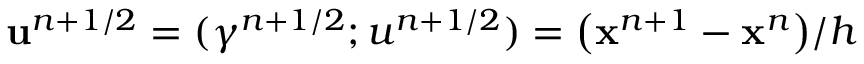
\mathbf { u } ^ { n + 1 / 2 } = ( \gamma ^ { n + 1 / 2 } ; u ^ { n + 1 / 2 } ) = \bigl ( \mathbf { x } ^ { n + 1 } - \mathbf { x } ^ { n } \bigr ) / h